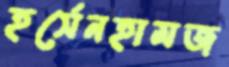
হর্সেনহামজ